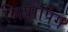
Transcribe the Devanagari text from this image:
जियोपिंग